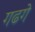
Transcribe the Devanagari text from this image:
गढगे